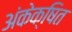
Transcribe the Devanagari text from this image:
अंकेक्षित